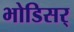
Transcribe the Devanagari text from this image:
भोडिसर्